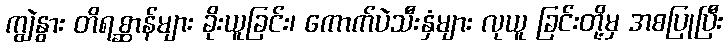
ကျွဲနွား တိရစ္ဆာန်များ ခိုးယူခြင်း၊ ကောက်ပဲသီးနှံများ လုယူ ခြင်းတို့မှ အစပြုပြီး